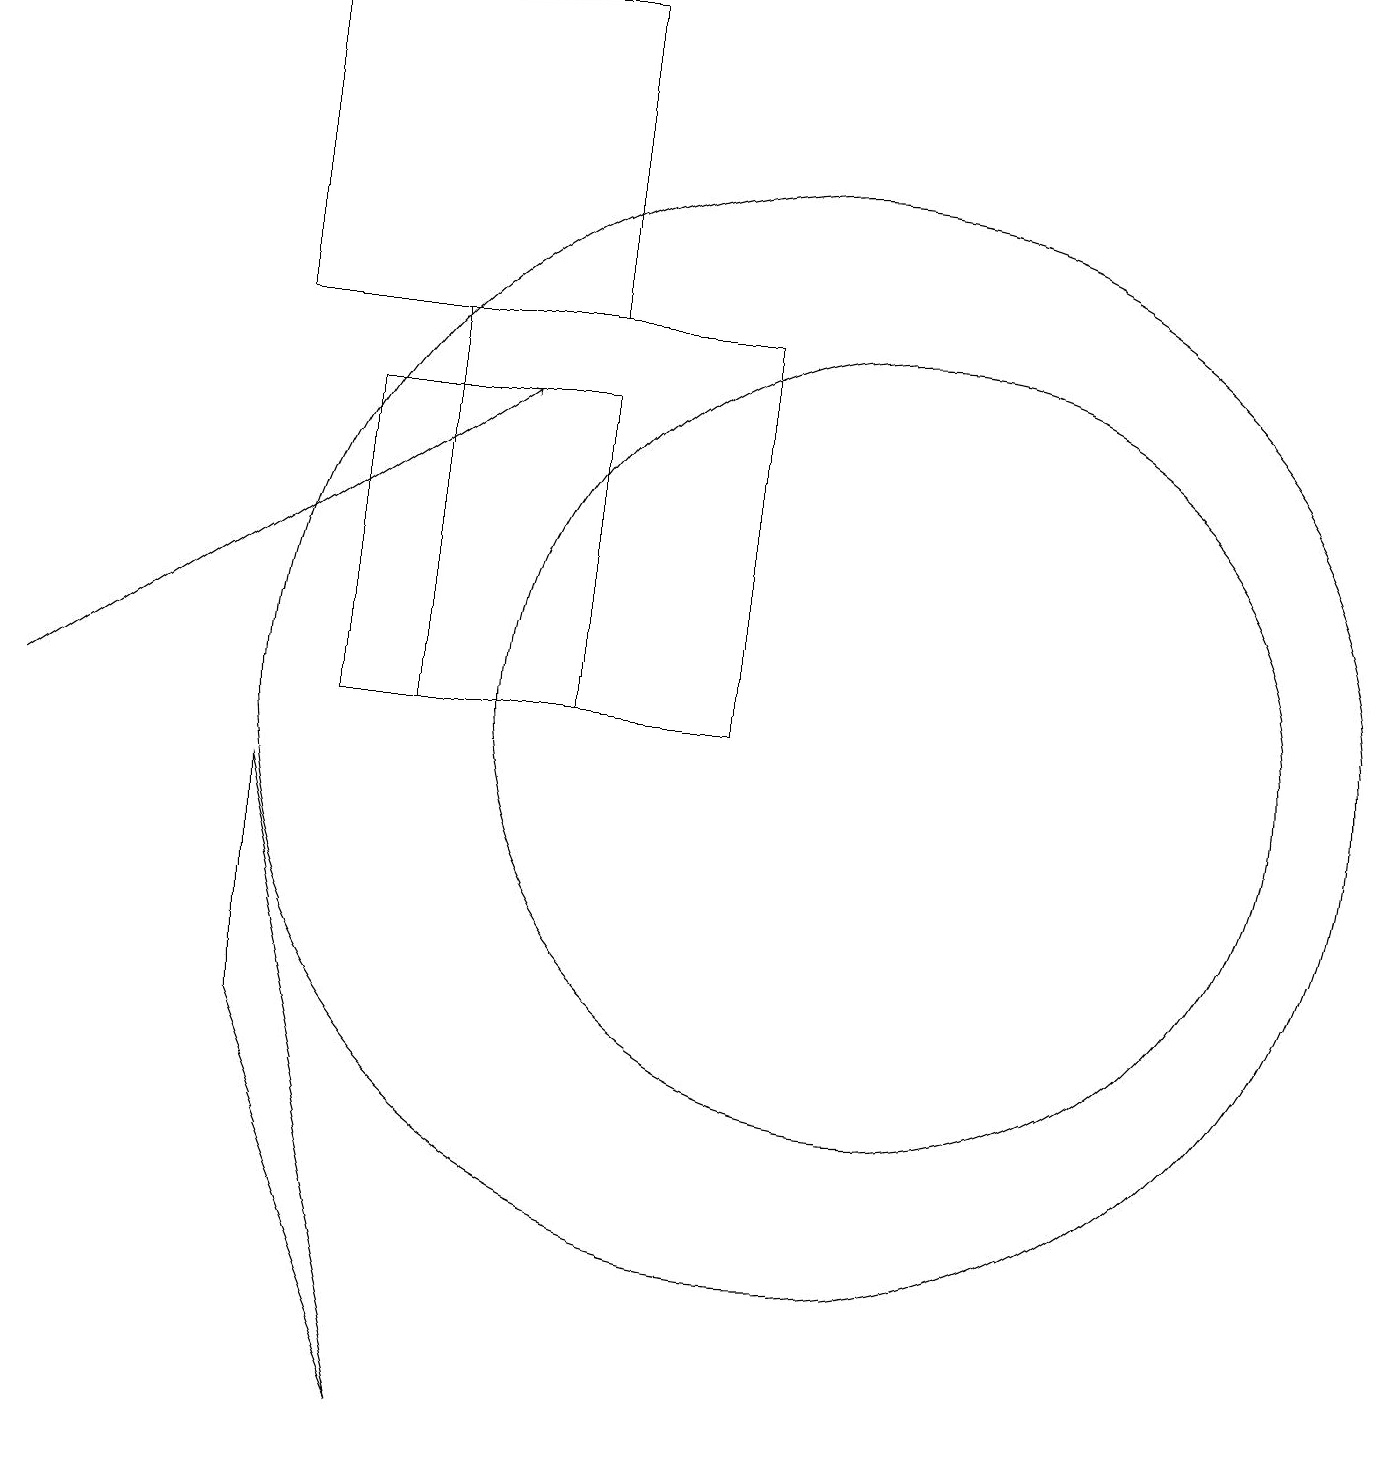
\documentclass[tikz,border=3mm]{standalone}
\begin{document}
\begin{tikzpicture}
\draw (5,1) -- (3,9) -- (3,6) -- cycle;
\draw (10,10) circle (7);
\draw (11,10) circle (5);
\draw (7,15) rectangle (3,19);
\draw (4,10) rectangle (7,14);
\draw (5,15) rectangle (9,10);
\draw[->] (0,10) -- (6,14);
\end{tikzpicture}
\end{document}